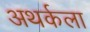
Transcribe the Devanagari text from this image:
अथर्कला